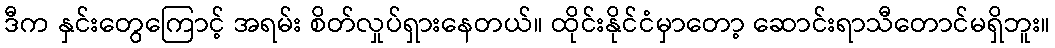
ဒီက နှင်းတွေကြောင့် အရမ်း စိတ်လှုပ်ရှားနေတယ်။ ထိုင်းနိုင်ငံမှာတော့ ဆောင်းရာသီတောင်မရှိဘူး။